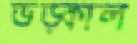
ভড়্‌কাল